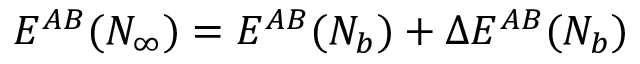
E ^ { A B } ( N _ { \infty } ) = E ^ { A B } ( N _ { b } ) + \Delta E ^ { A B } ( N _ { b } )